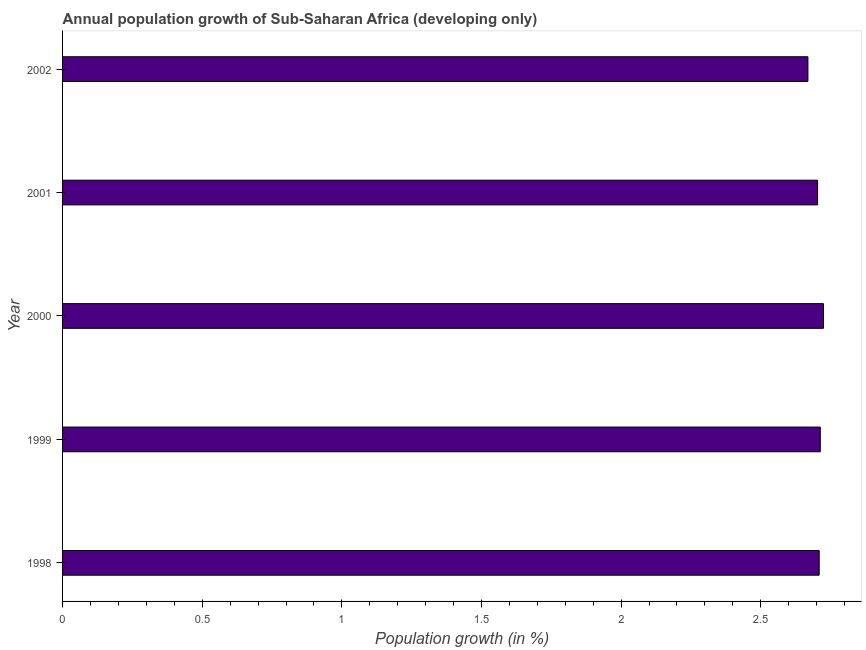
| Year | Population growth |
 | --- | --- |
 | 1998 | 2.71 |
 | 1999 | 2.71 |
 | 2000 | 2.72 |
 | 2001 | 2.7 |
 | 2002 | 2.67 |